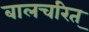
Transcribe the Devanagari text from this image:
बालचरित्